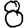
Digit: 8